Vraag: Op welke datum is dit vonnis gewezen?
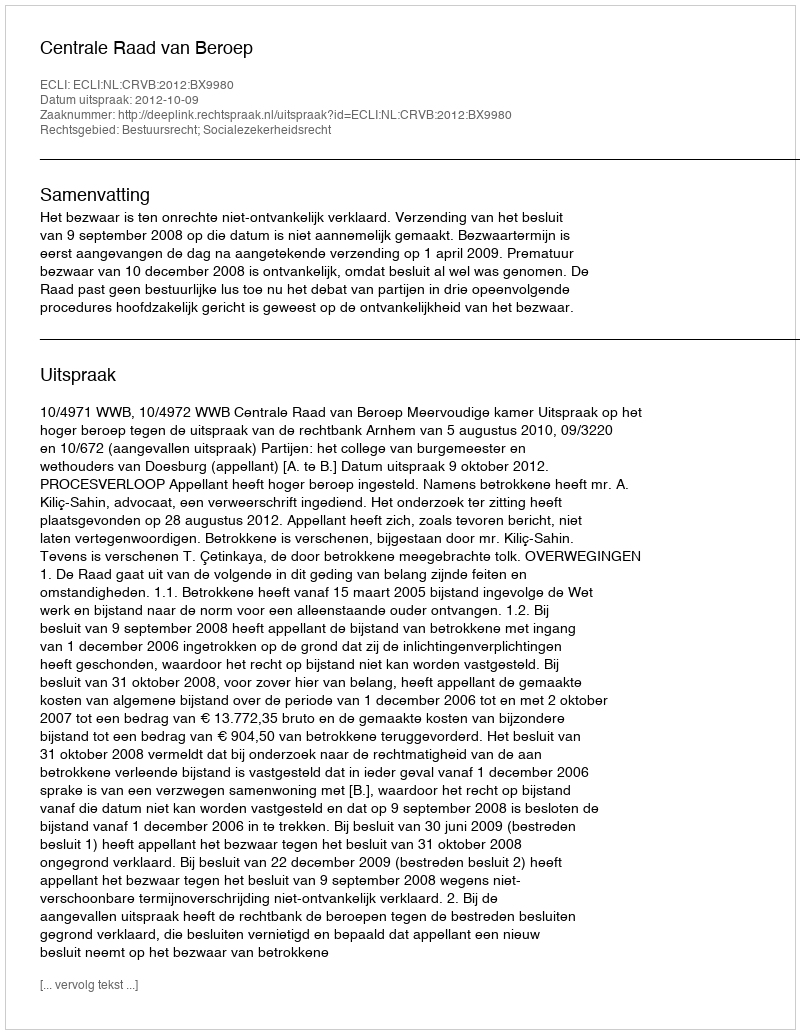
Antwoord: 2012-10-09